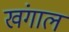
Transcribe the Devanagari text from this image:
खंगाल